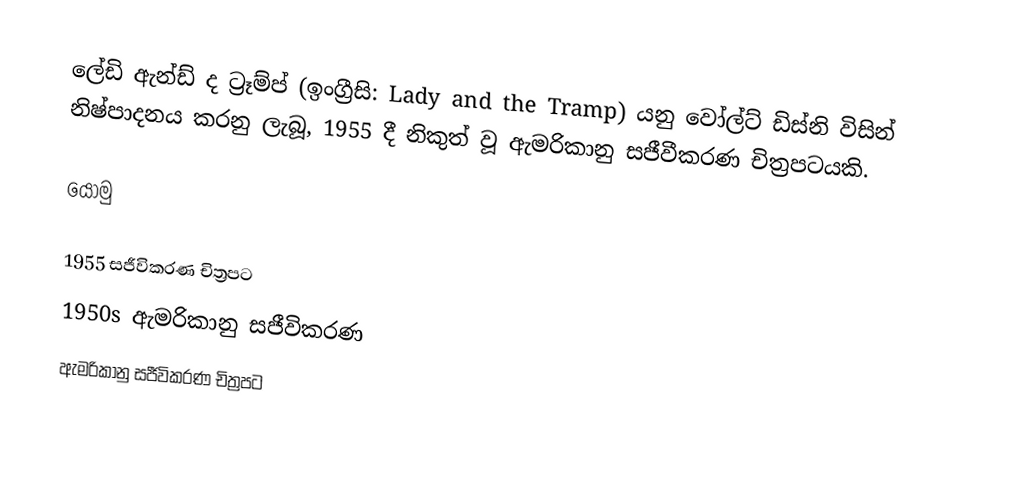
ලේඩි ඇන්ඩ් ද ට්‍රෑම්ප් (ඉංග්‍රීසි: Lady and the Tramp) යනු වෝල්ට් ඩිස්නි විසින් නිෂ්පාදනය කරනු ලැබූ, 1955 දී නිකුත් වූ ඇමරිකානු සජීවීකරණ චිත්‍රපටයකි.

යොමු

1955 සජීවිකරණ චිත්‍රපට
1950s ඇමරිකානු සජීවිකරණ
ඇමරිකානු සජීවිකරණ චිත්‍රපට